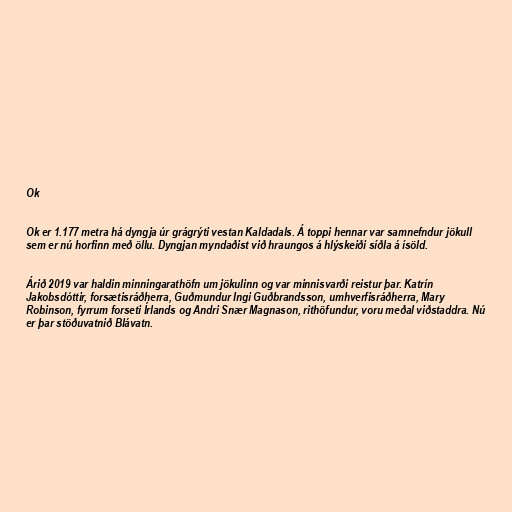
Ok

Ok er 1.177 metra há dyngja úr grágrýti vestan Kaldadals. Á toppi hennar var samnefndur jökull
sem er nú horfinn með öllu. Dyngjan myndaðist við hraungos á hlýskeiði síðla á ísöld.

Árið 2019 var haldin minningarathöfn um jökulinn og var minnisvarði reistur þar. Katrín
Jakobsdóttir, forsætisráðherra, Guðmundur Ingi Guðbrandsson, umhverfisráðherra, Mary
Robinson, fyrrum forseti Írlands og Andri Snær Magnason, rithöfundur, voru meðal viðstaddra. Nú
er þar stöðuvatnið Blávatn.